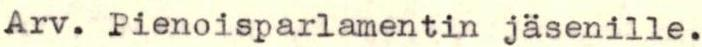
Arv. Pienoisparlamentin jäsenille.